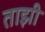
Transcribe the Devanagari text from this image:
ताझी